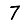
Digit: 7